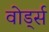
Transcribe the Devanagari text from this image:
वोर्ड्स